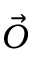
\vec { O }